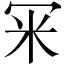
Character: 冞